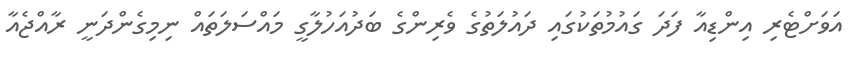
އަވަށްޓެރި އިންޑިއާ ފަދަ ގައުމުތަކުގައި ދައުލަތުގެ ވެރިންގެ ބަދުއަހުލާގީ މައްސަލަތައް ނިމިގެންދަނީ ރާއްޖެއާ